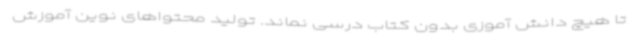
تا هیچ دانش آموزی بدون کتاب درسی نماند. تولید محتواهای نوین آموزش